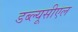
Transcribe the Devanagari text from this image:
डब्ल्यूसीएल